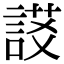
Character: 𧩃